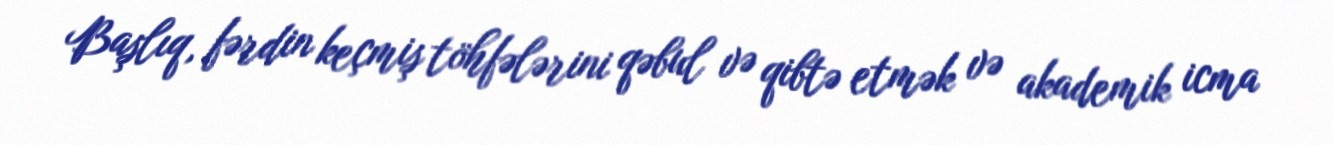
Başlıq, fərdin keçmiş töhfələrini qəbul və qibtə etmək və akademik icma